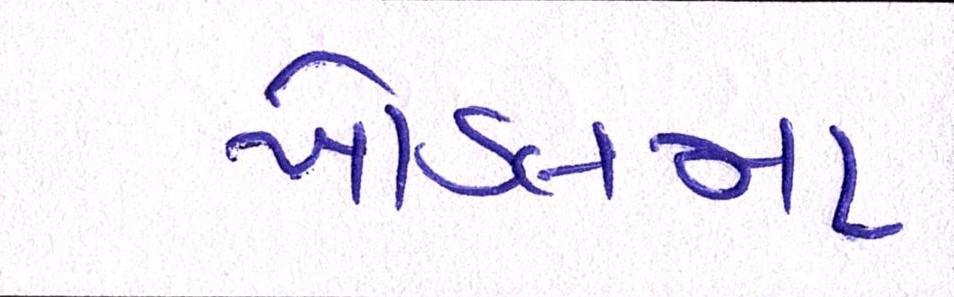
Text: ખોડલમા